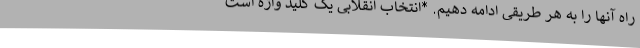
راه آنها را به هر طریقی ادامه دهیم. *انتخاب انقلابی یک کلید واژه است